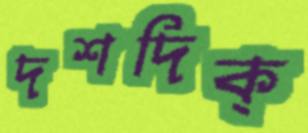
দশদিক্‌